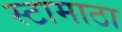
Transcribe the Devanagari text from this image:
स्टामाठा